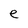
Character: e